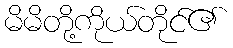
မိမိတို့ကိုယ်တိုင်၏